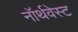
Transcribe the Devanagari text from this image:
नॉर्थवेस्‍ट